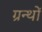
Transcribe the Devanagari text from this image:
ग्रन्थाें